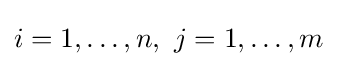
i=1,\dots ,n,\ j=1,\dots ,m